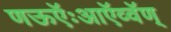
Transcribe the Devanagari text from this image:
णऊऍःआऍव्वॅण्